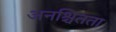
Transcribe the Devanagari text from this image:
अनश्चितता